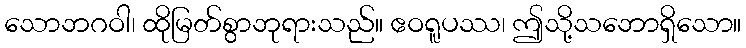
သောဘဂဝါ၊ ထိုမြတ်စွာဘုရားသည်။ ဧဝရူပဿ၊ ဤသို့သဘောရှိသော။